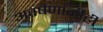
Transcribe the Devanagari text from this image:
अवर्षणांनीही